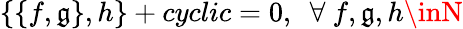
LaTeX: \left\{ \left\{ f,\mathfrak{g}\right\} ,h\right\} +cyclic=0,~~\forall~f,\mathfrak{g},h\inN